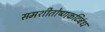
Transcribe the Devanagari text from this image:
समशीतोष्णकटिबंध